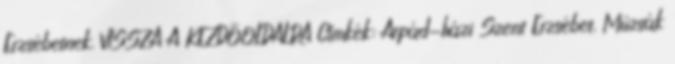
Erzsébetnek. VISSZA A KEZDŐOLDALRA Címkék: Árpád-házi Szent Erzsébet, Múzsák